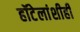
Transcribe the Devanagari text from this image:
हॉटेलांशीही